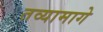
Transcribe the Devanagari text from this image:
तव्यामागे